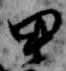
甲